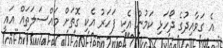
އެ ގަވާއިދުގެ ދޯހަޅި ކަމުން އެކި ފަހަރު އެކި ގޮތަށް މައްސަލަތައް އައީ